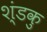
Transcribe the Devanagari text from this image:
श्ंडकु